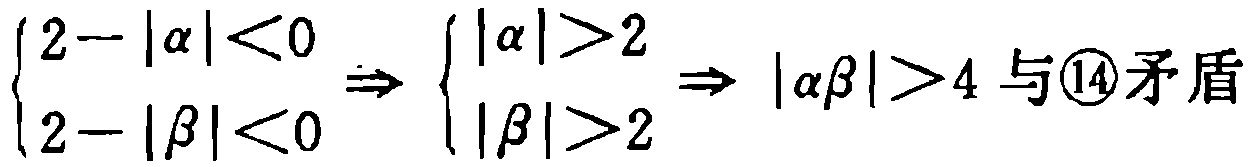
$\left\{\begin{array}{l}2 - |\alpha| < 0 \\ 2 - |\beta| < 0\end{array}\right. \Rightarrow \left\{\begin{array}{l}|\alpha| > 2 \\ |\beta| > 2\end{array}\right. \Rightarrow |\alpha\beta| > 4\text{ 与}\textcircled{14}\text{矛盾}$